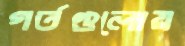
গর্তগুলোয়